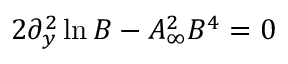
2 \partial _ { y } ^ { 2 } \ln B - A _ { \infty } ^ { 2 } B ^ { 4 } = 0